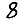
Digit: 8